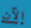
الآن